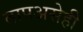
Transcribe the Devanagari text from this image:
तापअसेही